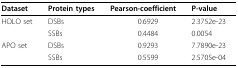
| Dataset | Protein types | Pearson-coefficient | P-value |
 | --- | --- | --- | --- |
 | HOLO set | DSBs | 0.6929 | 2.3752e-23 |
 |  | SSBs | 0.4484 | 0.0054 |
 | APO set | DSBs | 0.9293 | 7.7890e-23 |
 |  | SSBs | 0.5599 | 2.5705e-04 |